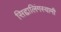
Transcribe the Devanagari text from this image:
सिद्दालिंगस्वामी